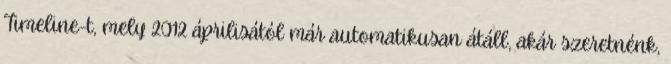
Timeline-t, mely 2012 áprilisától már automatikusan átáll, akár szeretnénk,